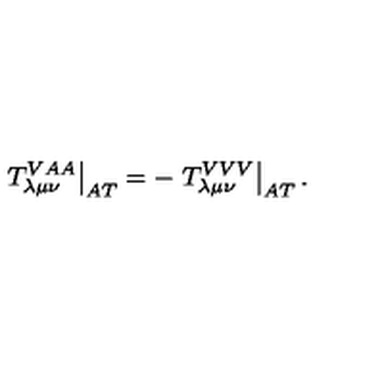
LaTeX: \left. T _ { \lambda \mu \nu } ^ { V A A } \right| _ { A T } = - \left. T _ { \lambda \mu \nu } ^ { V V V } \right| _ { A T } .